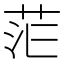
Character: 𮎷